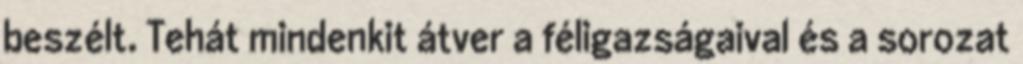
beszélt. Tehát mindenkit átver a féligazságaival és a sorozat